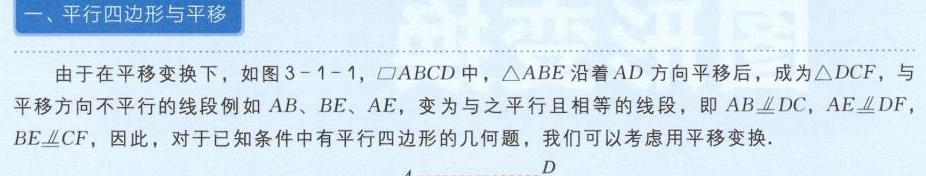
一、平行四边形与平移

由于在平移变换下，如图3 - 1 - 1，$\square ABCD$中，$\triangle ABE$沿着$AD$方向平移后，成为$\triangle DCF$，与平移方向不平行的线段例如$AB$、$BE$、$AE$，变为与之平行且相等的线段，即$AB\underline{\underline{\parallel}}DC$，$AE\underline{\underline{\parallel}}DF$，$BE\underline{\underline{\parallel}}CF$，因此，对于已知条件中有平行四边形的几何题，我们可以考虑用平移变换.